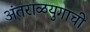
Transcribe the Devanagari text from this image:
अंतराळयुगाची